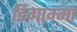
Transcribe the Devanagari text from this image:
डिगाम्मा